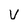
Character: V